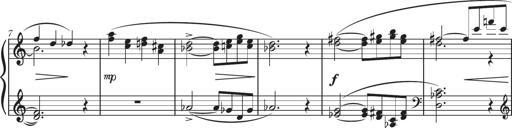
Title: Sonatine in 3 SÃ¤tzen
Composer: Gertrud Schweizer